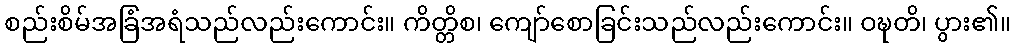
စည်းစိမ်အခြံအရံသည်လည်းကောင်း။ ကိတ္တိစ၊ ကျော်စောခြင်းသည်လည်းကောင်း။ ဝဍ္ဎတိ၊ ပွား၏။